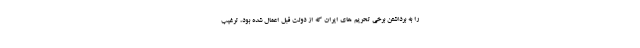
را به برداشتن برخی تحریم های ایران که از دولت قبل اعمال شده بود، ترغیب